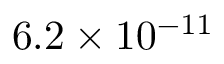
6 . 2 \times 1 0 ^ { - 1 1 }